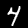
Label: 4